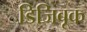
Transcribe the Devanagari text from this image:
डिजिबूक